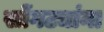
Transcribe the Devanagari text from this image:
सोंगट्यांना